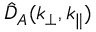
\hat { D } _ { A } ( k _ { \perp } , k _ { \parallel } )